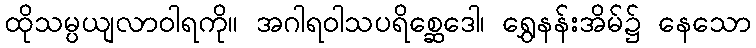
ထိုသမ္ပယျလာဝါရကို။ အဂါရဝါသပရိစ္ဆေဒေါ၊ ရွှေနန်းအိမ်၌ နေသော